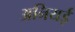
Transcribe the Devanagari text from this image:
अनियई